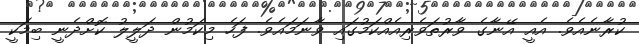
ކުރާނެއެވެ. އެއީ އޭނާގެ ވާރުތަވެރިއެއްކަމުގައި ވާނަމައެވެ. ފަހެ މިކަމުން ދަލީލު ކޮށްދެނީ ބިމަކީ